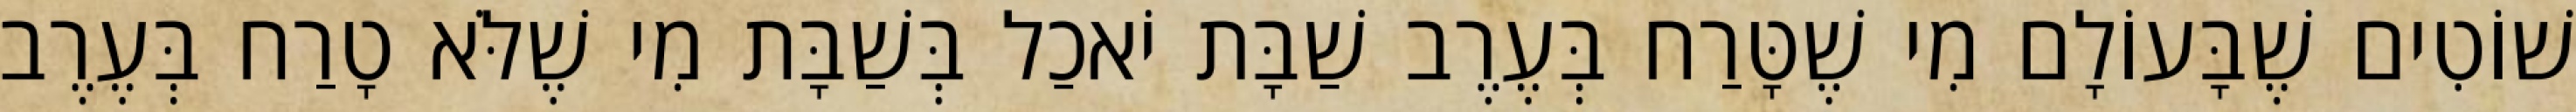
שׁוֹטִים שֶׁבָּעוֹלָם מִי שֶׁטָּרַח בְּעֶרֶב שַׁבָּת יֹאכַל בְּשַׁבָּת מִי שֶׁלֹּא טָרַח בְּעֶרֶב